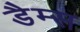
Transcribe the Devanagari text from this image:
डैम्स